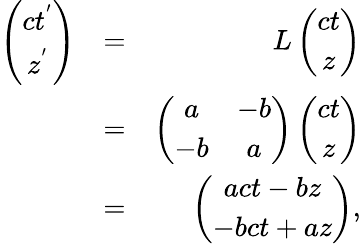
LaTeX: \begin{array}{rlr}{\left(\begin{array}{cc}{ct^{'}}\\ {z^{'}}\end{array}\right)}&{=}&{L\left(\begin{array}{cc}{ct}\\ {z}\end{array}\right)}\\ &{=}&{\left(\begin{array}{cc}{a}&{-b}\\ {-b}&{a}\end{array}\right)\left(\begin{array}{cc}{ct}\\ {z}\end{array}\right)}\\ &{=}&{\left(\begin{array}{cc}{act-bz}\\ {-bct+az}\end{array}\right),}\end{array}